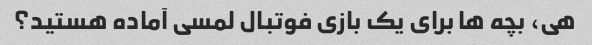
هی، بچه ها برای یک بازی فوتبال لمسی آماده هستید؟